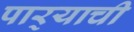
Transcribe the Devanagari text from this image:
पार्‍याची